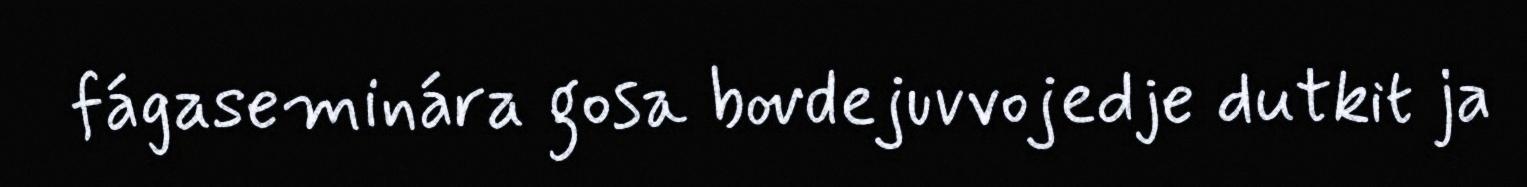
fágaseminára gosa bovdejuvvojedje dutkit ja